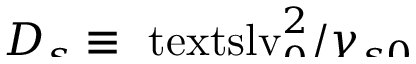
\smash { D _ { s } \equiv \ensuremath { \mathrm { \ t e x t s l { v } } _ { 0 } } ^ { 2 } / \gamma _ { s 0 } }